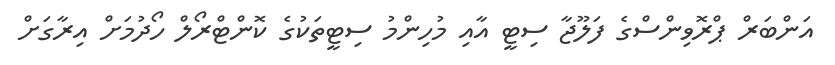
އަންބަރް ޕްރޮވިންސްގެ ފަލޫޖާ ސިޓީ އާއި މުހިންމު ސިޓީތަކުގެ ކޮންޓްރޯލް ހޯދުމަށް އިރާގަށް